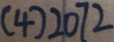
( 4 ) 2 0 7 2